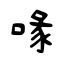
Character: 喙